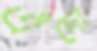
এঁদো